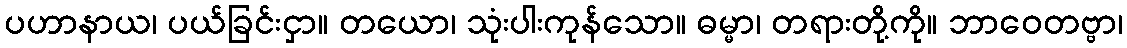
ပဟာနာယ၊ ပယ်ခြင်းငှာ။ တယော၊ သုံးပါးကုန်သော။ ဓမ္မာ၊ တရားတို့ကို။ ဘာဝေတဗ္ဗာ၊